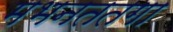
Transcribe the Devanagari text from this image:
मभनततगा